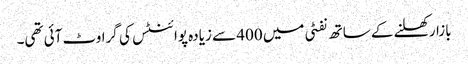
بازار کھلنے کے ساتھ نفٹی میں 400 سے زیادہ پوائنٹس کی گراوٹ آئی تھی۔